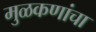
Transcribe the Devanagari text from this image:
मुळकणांचा